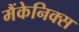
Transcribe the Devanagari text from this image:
मैंकेनिक्‍स